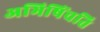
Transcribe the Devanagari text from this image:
अभिषिंचति